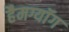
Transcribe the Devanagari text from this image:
हैमग्यॉंग